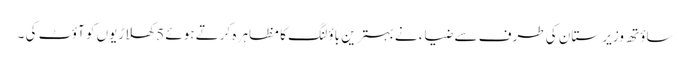
ساؤتھ وزیر ستان کی طرف سے ضیاء نے بہترین باؤلنگ کا مظاہر ہ کرتے ہوئے 5 کھلاڑیوں کو آؤٹ کی ۔